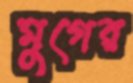
মুগের